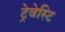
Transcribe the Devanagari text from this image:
ट्रेवेस्टि